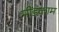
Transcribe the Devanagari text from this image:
मींडकाम